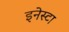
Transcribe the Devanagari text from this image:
इनेस्टा